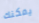
يمكنك